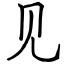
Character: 见